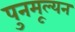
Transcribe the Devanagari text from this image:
पुनमूल्यन